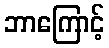
ဘာကြောင့်